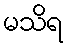
မသိရ